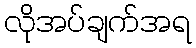
လိုအပ်ချက်အရ